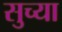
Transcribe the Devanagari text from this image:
सुच्या